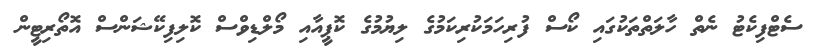
ސެޓްފިކެޓު ނެތް ހާލަތްތަކުގައި ކޯސް ފުރިހަމަކުރިކަމުގެ ލިޔުމުގެ ކޮޕީއާއި މޯލްޑިވްސް ކޮލިފިކޭޝަންސް އޮތޯރިޓީން